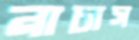
নাচাস